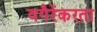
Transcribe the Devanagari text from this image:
वगैरेंकरता